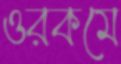
ওরকমে